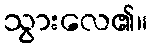
သွားလေ၏။